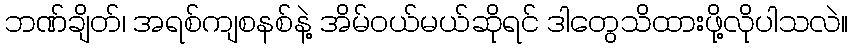
ဘဏ်ချိတ်၊ အရစ်ကျစနစ်နဲ့ အိမ်ဝယ်မယ်ဆိုရင် ဒါတွေသိထားဖို့လိုပါသလဲ။